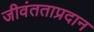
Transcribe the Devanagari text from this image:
जीवंतताप्रदान